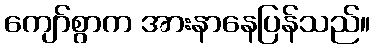
ကျော်စွာက အားနာနေပြန်သည်။